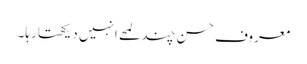
معروف حسن چند لمحے انہیں دیکھتا رہا۔